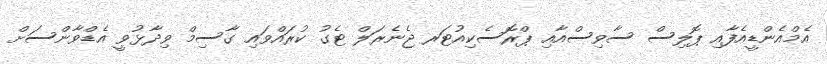
އެމްއެންޑީއެފާއި ޕޮލިސް ސާވިސްއާއި ޕްރޮސެކިއުޓަރ ޖެނެރަލް ޓެގު ކުރައްވައި ގާސިމް ވިދާޅުވީ އެޑްވާންސަށް